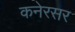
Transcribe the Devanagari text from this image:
कनेरसर